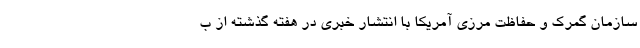
سازمان گمرک و حفاظت مرزی آمریکا با انتشار خبری در هفته گذشته از ب